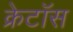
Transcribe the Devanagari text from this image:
क्रेटॉस